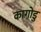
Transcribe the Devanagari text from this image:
कागोडु